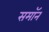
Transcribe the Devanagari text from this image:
समॉन